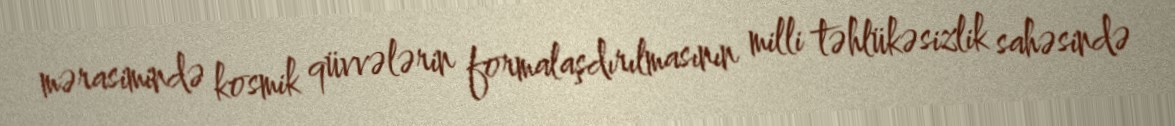
mərasimində kosmik qüvvələrin formalaşdırılmasının milli təhlükəsizlik sahəsində